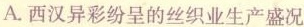
A.西汉异彩纷呈的丝织业生产盛况